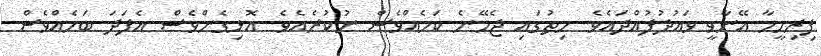
ފިރިމީހާ އޭނާވީ ވައުދުފުއްދައެވެ. ހިތުގައި ޖެހޭނެ ކަމެއްވެސް ނުކުރެއެވެ. އޮޅިގެންވެސް އެފަދަ ބަހެއްވެސް